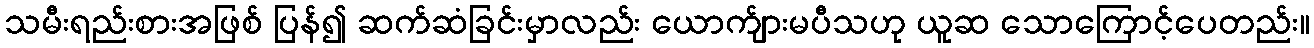
သမီးရည်းစားအဖြစ် ပြန်၍ ဆက်ဆံခြင်းမှာလည်း ယောက်ျားမပီသဟု ယူဆ သောကြောင့်ပေတည်း။